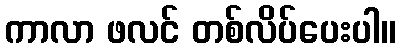
ကာလာ ဖလင် တစ်လိပ်ပေးပါ။